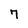
Character: 7